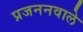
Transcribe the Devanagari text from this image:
प्रजननवाले